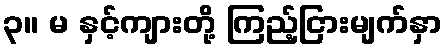
၃။ မ နှင့်ကျားတို့ ကြည့်ငြားမျက်နှာ